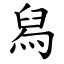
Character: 舄